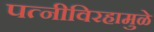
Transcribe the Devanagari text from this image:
पत्‍नीविरहामुळे